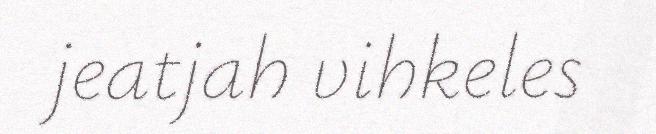
jeatjah vihkeles